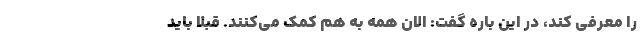
را معرفی کند، در این باره گفت: الان همه به هم کمک می‌کنند. قبلا باید